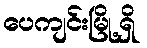
ပေကျင်းမြို့ရှိ